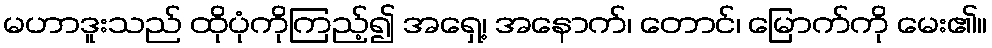
မဟာဒူးသည် ထိုပုံကိုကြည့်၍ အရှေ့၊ အနောက်၊ တောင်၊ မြောက်ကို မေး၏။